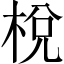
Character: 棁